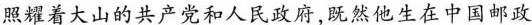
照耀着大山的共产党和人民政府，既然他生在中国邮政